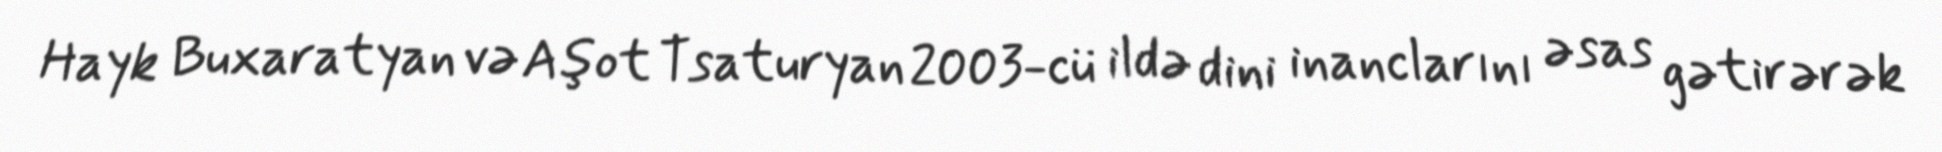
Hayk Buxaratyan və Aşot Tsaturyan 2003-cü ildə dini inanclarını əsas gətirərək